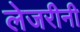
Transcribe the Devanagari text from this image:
लेजरीनी